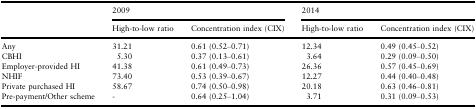
| <ROWSPAN=2>  | <COLSPAN=2> 2009 | <COLSPAN=2> 2014 |
 | High‐to‐low ratio | Concentration index (CIX) | High‐to‐low ratio | Concentration index (CIX) |
 | --- | --- | --- | --- | --- |
 | Any | 31.21 | 0.61 (0.52–0.71) | 12.34 | 0.49 (0.45–0.52) |
 | CBHI | 5.30 | 0.37 (0.13–0.61) | 3.64 | 0.29 (0.09–0.50) |
 | Employer‐provided HI | 41.38 | 0.61 (0.49–0.73) | 26.36 | 0.57 (0.45–0.69) |
 | NHIF | 73.40 | 0.53 (0.39–0.67) | 12.27 | 0.44 (0.40–0.48) |
 | Private purchased HI | 58.67 | 0.74 (0.50–0.98) | 20.18 | 0.63 (0.46–0.81) |
 | Pre‐payment/Other scheme | ‐ | 0.64 (0.25–1.04) | 3.71 | 0.31 (0.09–0.53) |